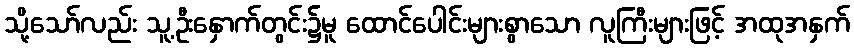
သို့သော်လည်း သူ့ဦးနှောက်တွင်း၌မူ ထောင်ပေါင်းများစွာသော လူကြီးများဖြင့် အထုအနှက်